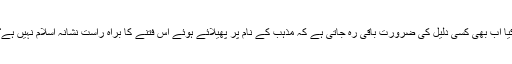
کیا اب بھی کسی دلیل کی ضرورت باقی رہ جاتی ہے کہ مذہب کے نام پر پھیلائے ہوئے اس فتنے کا براہ راست نشانہ اسلام نہیں ہے؟